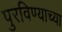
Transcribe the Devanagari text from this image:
पुरविण्याच्या